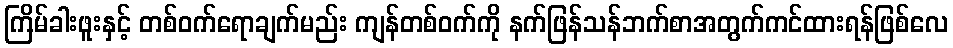
ကြိမ်ခါးဖူးနှင့် တစ်ဝက်ရောချက်မည်း ကျန်တစ်ဝက်ကို နက်ဖြန်သန်ဘက်စာအတွက်ကင်ထားရန်ဖြစ်လေ